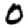
Digit: 0